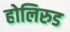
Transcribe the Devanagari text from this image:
होलिरुड